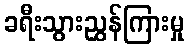
ခရီးသွားညွှန်ကြားမှု